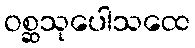
ဝစ္ဆသုပေါသထေ